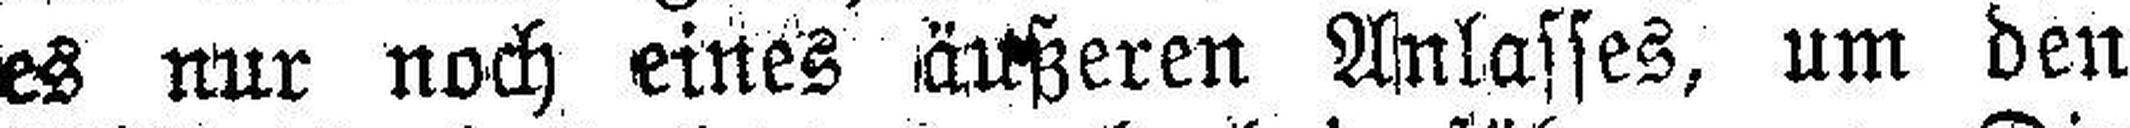
es nur noch eines äußeren Anlasses, um den